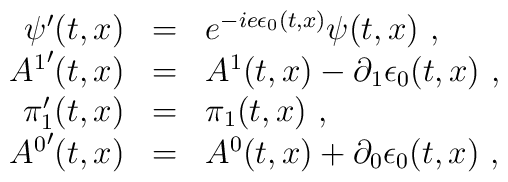
\begin{array}{r c l}\psi'(t,x)&=&e^{-ie\epsilon_0(t,x)}\psi(t,x)\ ,\\{A^1}'(t,x)&=&A^1(t,x)-\partial_1\epsilon_0(t,x)\ ,\\\pi'_1(t,x)&=&\pi_1(t,x)\ ,\ \\{A^0}'(t,x)&=&A^0(t,x)+\partial_0\epsilon_0(t,x)\ ,\end{array}